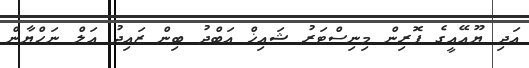
އަދި ޔޫއޭއީގެ ފޮރިން މިނިސްޓަރު ޝައިޚް އަބްދު ބިން ޒައިދު އަލް ނަހްޔާން